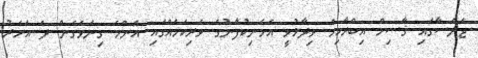
ޖަލްސާގައި ޤާސިމް އިބްރާހިމް ވިދާޅުވީ އެމަނިކުފާނުގެ ވެރިކަމެއްގައި އެންމެ ގިނަވެގެން ދެ އަހަރު